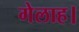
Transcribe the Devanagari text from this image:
गेलाह।